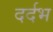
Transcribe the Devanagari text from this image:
दर्दभ